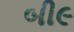
બી૯